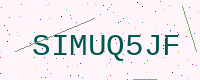
Text: SIMUQ5JF